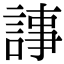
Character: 𧨴